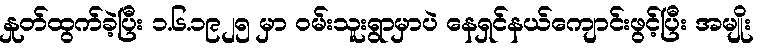
နှုတ်ထွက်ခဲ့ပြီး ၁.၆.၁၉၂၅ မှာ ဝမ်းသူးရွာမှာပဲ နေရှင်နယ်ကျောင်းဖွင့်ပြီး အမျိုး